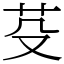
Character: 芟